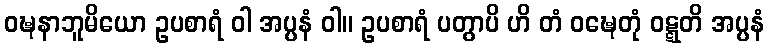
ဝဍ္ဎနာဘူမိယော ဥပစာရံ ဝါ အပ္ပနံ ဝါ။ ဥပစာရံ ပတွာပိ ဟိ တံ ဝဍ္ဎေတုံ ဝဋ္ဋတိ အပ္ပနံ